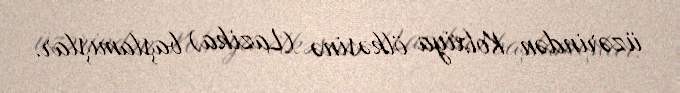
üzərindən Kolxiya ölkəsinə (Lazika) başlamışlar.